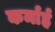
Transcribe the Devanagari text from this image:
कर्मार्ह